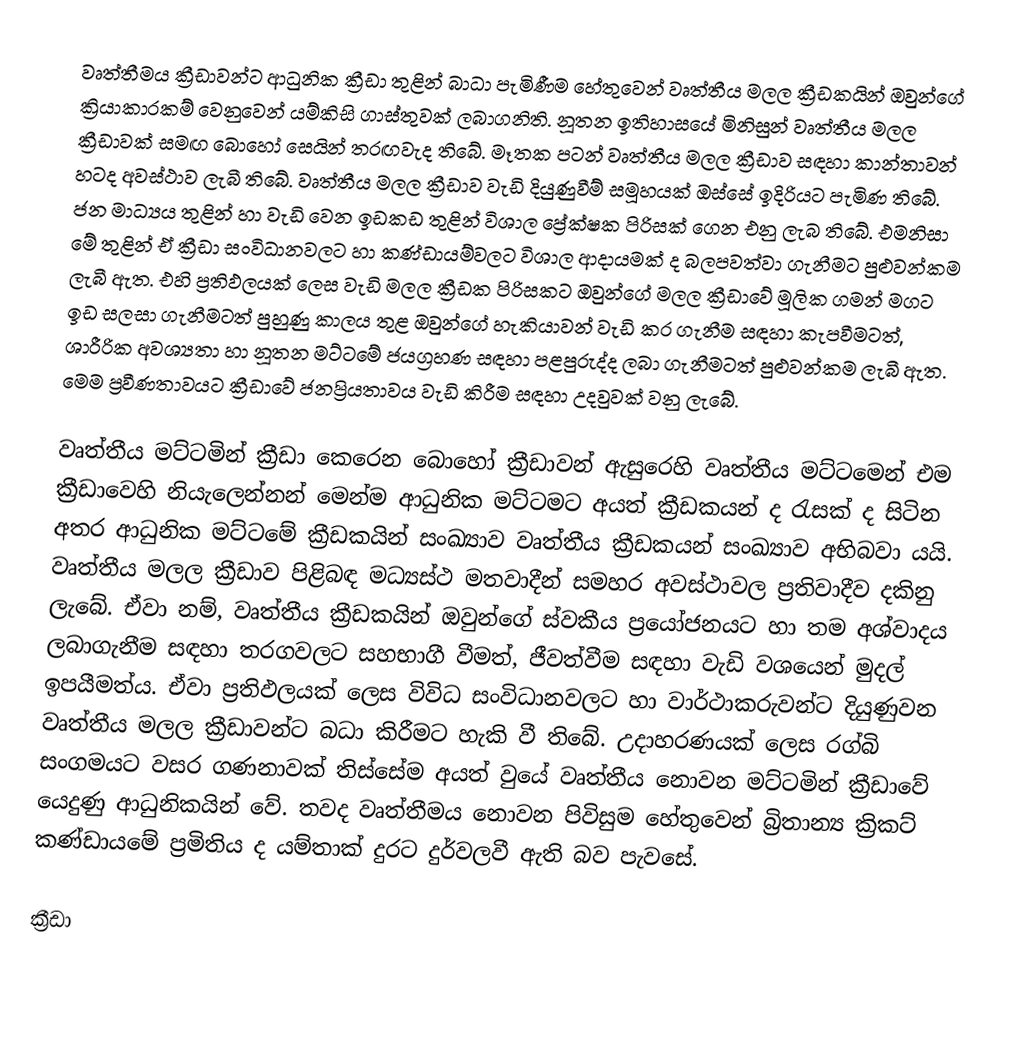
වෘත්තීමය ක්‍රීඩාවන්ට ආධුනික ක්‍රීඩා තුළින් බාධා පැමිණීම හේතුවෙන් වෘත්තීය මලල ක්‍රීඩකයින් ඔවුන්ගේ ක්‍රියාකාරකම් වෙනුවෙන් යම්කිසි ගාස්තුවක් ලබාගනිති. නූතන ඉතිහාසයේ මිනිසුන් වෘත්තීය මලල ක්‍රීඩාවක් සමඟ බොහෝ සෙයින් තරඟවැද තිබේ. මෑතක පටන් වෘත්තීය මලල ක්‍රීඩාව සඳහා කාන්තාවන් හටද අවස්ථාව ලැබී තිබේ. වෘත්තීය මලල ක්‍රීඩාව වැඩි දියුණුවීම් සමූහයක් ඔස්සේ ඉදිරියට පැමිණ තිබේ. ජන මාධ්‍යය තුළින් හා වැඩි වෙන ඉඩකඩ තුළින් විශාල ප්‍රේක්ෂක පිරිසක් ගෙන එනු ලැබ තිබේ. එමනිසා මේ තුළින් ඒ ක්‍රීඩා සංවිධානවලට හා කණ්ඩායම්වලට විශාල ආදායමක් ද බලපවත්වා ගැනීමට පුළුවන්කම ලැබී ඇත. එහි ප්‍රතිඵලයක් ලෙස වැඩි මලල ක්‍රීඩක පිරිසකට ඔවුන්ගේ මලල ක්‍රීඩාවේ මූලික ගමන් මගට ඉඩ සලසා ගැනීමටත් පුහුණු කාලය තුළ ඔවුන්ගේ හැකියාවන් වැඩි කර ගැනීම සඳහා කැපවීමටත්, ශාරීරික අවශ්‍යතා හා නූතන මට්ටමේ ජයග්‍රහණ සඳහා පළපුරුද්ද ලබා ගැනීමටත් පුළුවන්කම ලැබී ඇත. මෙම ප්‍රවීණතාවයට ක්‍රීඩාවේ ජනප්‍රියතාවය වැඩි කිරීම සඳහා උදවුවක් වනු ලැබේ.

වෘත්තීය මට්ටමින් ක්‍රීඩා කෙරෙන බොහෝ ක්‍රීඩාවන් ඇසුරෙහි වෘත්තීය මට්ටමෙන් එම ක්‍රීඩාවෙහි නියැලෙන්නන් මෙන්ම ආධුනික මට්ටමට අයත් ක්‍රීඩකයන් ද රැසක් ද සිටින අතර ආධුනික මට්ටමේ ක්‍රීඩකයින් සංඛ්‍යාව වෘත්තීය ක්‍රීඩකයන් සංඛ්‍යාව අභිබවා යයි. වෘත්තීය මලල ක්‍රීඩාව පිළිබඳ මධ්‍යස්ථ මතවාදීන් සමහර අවස්ථාවල ප්‍රතිවාදීව දකිනු ලැබේ. ඒවා නම්, වෘත්තීය ක්‍රීඩකයින් ඔවුන්ගේ ස්වකීය ප්‍රයෝජනයට හා තම අශ්වාදය ලබාගැනීම සඳහා තරගවලට සහභාගී වීමත්, ජීවත්වීම සඳහා වැඩි වශයෙන් මුදල් ඉපයීමත්ය. ඒවා ප්‍රතිඵලයක් ලෙස විවිධ සංවිධානවලට හා වාර්ථාකරුවන්ට දියුණුවන වෘත්තීය මලල ක්‍රීඩාවන්ට බ‍ධා කිරීමට හැකි වී තිබේ. උදාහරණයක් ලෙස රග්බි සංගමයට වසර ගණනාවක් තිස්සේම අයත් වුයේ වෘත්තීය නොවන මට්ටමින් ක්‍රීඩාවේ යෙදුණු ආධුනිකයින් වේ. තවද වෘත්තීමය නොවන පිවිසුම හේතුවෙන් බ්‍රිතාන්‍ය ක්‍රිකට් කණ්ඩායමේ ප්‍රමිතිය ද යම්තාක් දුරට දුර්වලවී ඇති බව පැවසේ.

ක්‍රීඩා